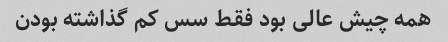
همه چیش عالی بود فقط سس کم گذاشته بودن